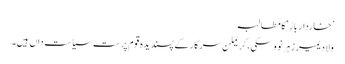
’خاردار باڑ‘ کا مطالبہ
ولادیمیر زہرنووسکی، کریملن سرکار کے پسندیدہ قوم پرست سیاست داں ہیں۔